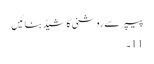
پیپر سے روشنی کا شیڈ بنائیں
11۔